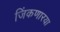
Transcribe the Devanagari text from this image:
जिंकणारया